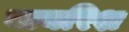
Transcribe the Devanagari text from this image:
बायरिश